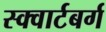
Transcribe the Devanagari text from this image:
स्क्वार्टबर्ग